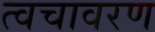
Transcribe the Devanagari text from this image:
त्वचावरण